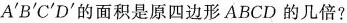
A^{\prime}B^{\prime}C^{\prime}D^{\prime}的面积是原四边形ABCD的几倍?